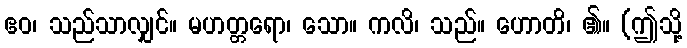
ဧဝ၊ သည်သာလျှင်။ မဟတ္တရော၊ သော။ ကလိ၊ သည်။ ဟောတိ၊ ၏။ (ဤသို့